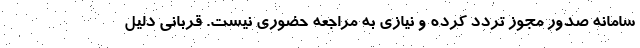
سامانه صدور مجوز تردد کرده و نیازی به مراجعه حضوری نیست. قربانی دلیل